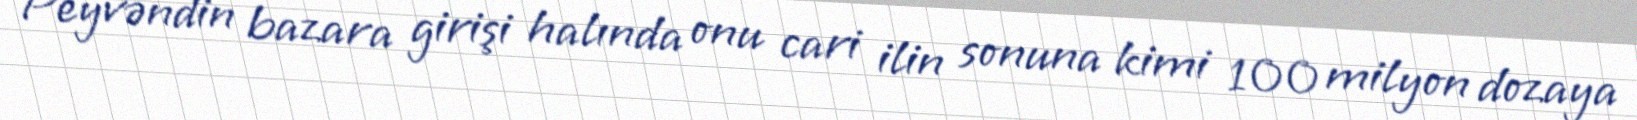
Peyvəndin bazara girişi halında onu cari ilin sonuna kimi 100 milyon dozaya